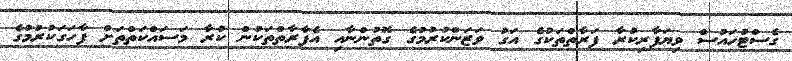
ގެސްޓުހައުސް ވިޔަފާރިކުރާ ފަރާތްތަކުގެ އަގު ވަޒަންކުރުމުގެ ގޮތުންނާއި އެފާރާތްތަކުން ކުރާ މަސައްކަތްތަށް ފާހަގަކުރުމުގެ